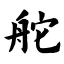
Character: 舵